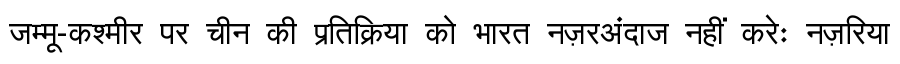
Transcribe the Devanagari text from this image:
जम्मू-कश्मीर पर चीन की प्रतिक्रिया को भारत नज़रअंदाज नहीं करेः नज़रिया